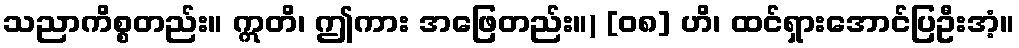
သညာကိစ္စတည်း။ ဣတိ၊ ဤကား အဖြေတည်း။) [၀၈] ဟိ၊ ထင်ရှားအောင်ပြဦးအံ့။